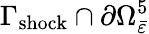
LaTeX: \Gamma_{\mathrm{shock}}\cap\partial\Omega_{\bar{\varepsilon}}^{5}